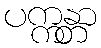
ပက္ကန္တာ